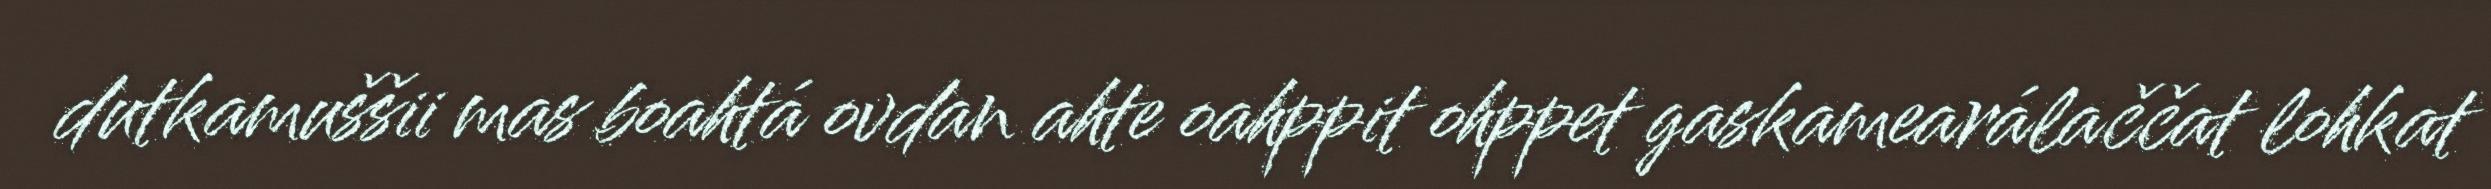
dutkamuššii mas boahtá ovdan ahte oahppit ohppet gaskamearálaččat lohkat